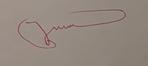
Signature authenticity: forged